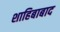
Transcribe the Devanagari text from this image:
शाहिबाबाद